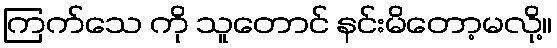
ကြက်သေ ကို သူတောင် နင်းမိတော့မလို့။